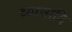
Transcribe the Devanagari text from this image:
व्यासादि